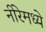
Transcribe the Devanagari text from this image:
नीरेमध्ये